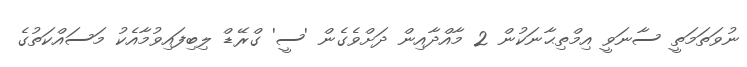
ނުވަތަމަތީ ސާނަވީ އިމްތިޙާނަކުން 2 މާއްދާއިން ދަށްވެގެން 'ސީ' ގްރޭޑް ލިބިފައިވުމާއެކު މަސައްކަތުގެ